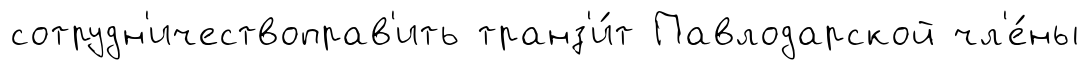
сотрудн'ичествоправ'ить транз'и́т Павлодарской чл'е́ны